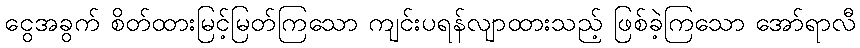
ငွေအခွက် စိတ်ထားမြင့်မြတ်ကြသော ကျင်းပရန်လျာထားသည့် ဖြစ်ခဲ့ကြသော အော်ရာလီ